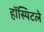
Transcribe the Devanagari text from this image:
हॉस्पिटले